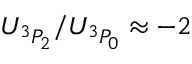
U _ { { } ^ { 3 } P _ { 2 } } / U _ { { } ^ { 3 } P _ { 0 } } \approx - 2